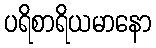
ပရိစာရိယမာနော